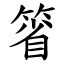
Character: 箵